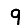
Digit: 9